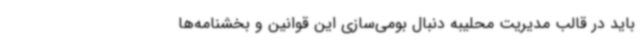
باید در قالب مدیریت محلیبه دنبال بومی‌سازی این قوانین و بخشنامه‌ها